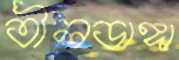
তীলডাঙ্গা